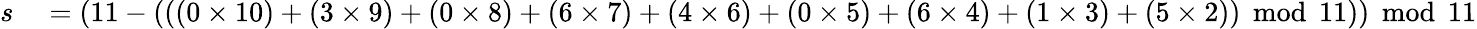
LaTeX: \begin{array}{rl}{s}&{{}=(11-(((0\times 10)+(3\times 9)+(0\times 8)+(6\times 7)+(4\times 6)+(0\times 5)+(6\times 4)+(1\times 3)+(5\times 2))\, {\bmod{\, }}11))\, {\bmod{\, }}11}\end{array}